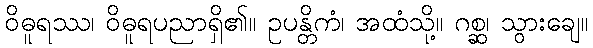
ဝိဓူရဿ၊ ဝိဓူရပညာရှိ၏။ ဥပန္တိကံ၊ အထံသို့။ ဂစ္ဆ၊ သွားချေ။